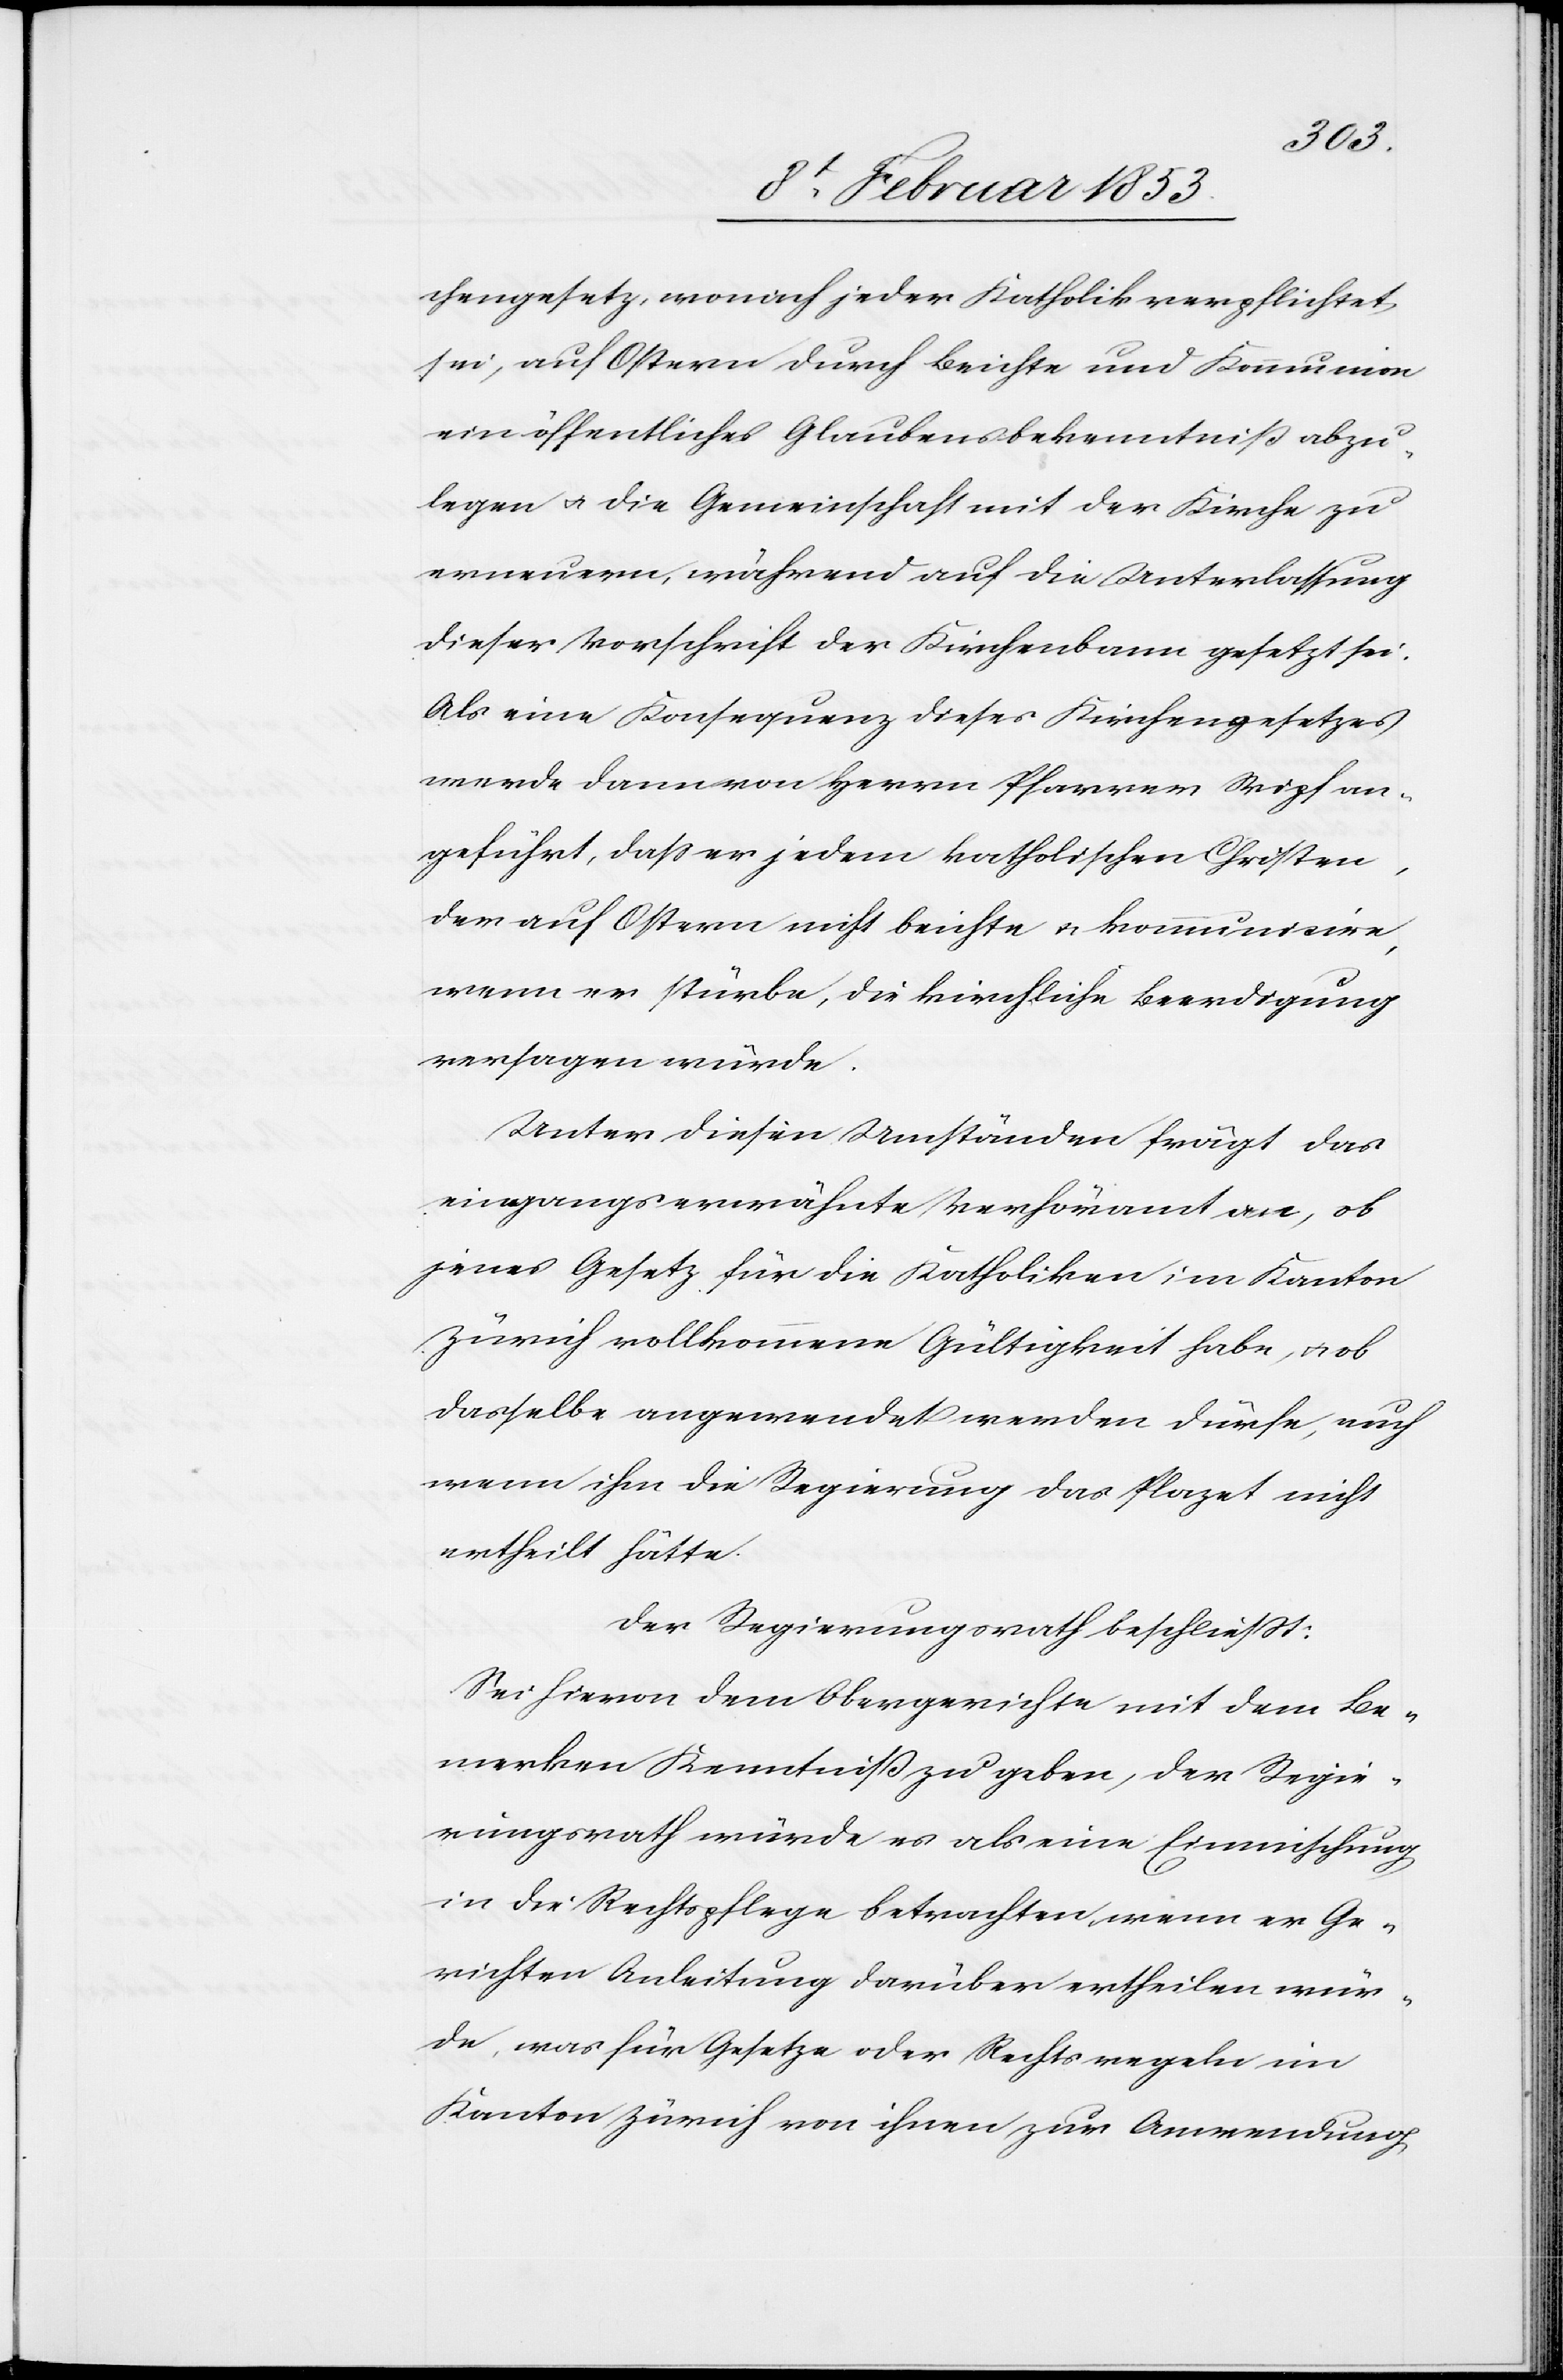
chengesetz, wonach jeder Katholik verpflichtet
sei, auf Ostern durch Beichte und Kommunion
ein öffentliches Glaubensbekenntniß abzu¬
legen u. die Gemeinschaft mit der Kirche zu
erneuern, während auf die Unterlassung
dieser Vorschrift der Kirchenbann gesetzt sei.
Als eine Konsequenz dieses Kirchengesetzes
werde dann von Herrn Pfarrer Wipf an¬
geführt, daß er jedem katholischen Christen,
der auf Ostern nichts beichte u. kommunizire,
wenn er stürbe, die kirchliche Beerdigung
versagen würde.
Unter diesen Umständen frägt das
eingangserwähnte Verhöramt an, ob
jenes Gesetz, für die Katholiken im Kanton
Zürich vollkommene Gültigkeit habe, u. ob
dasselbe angewendet werden dürfe, auch
wenn ihm die Regierung das Plazet nicht
ertheilt hätte.
Der Regierungsrath beschließt:
Sei hievon dem Obergerichte mit dem Be¬
merken Kenntniß zu geben, der Regie¬
rungsrath würde es als eine Einmischung
in die Rechtspflege betrachten wenn er Ge¬
richten Anleitung darüber ertheilen wür¬
de, was für Gesetze oder Rechtsregeln im
Kanton Zürich von ihnen zur Anwendung